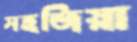
সহজিয়া